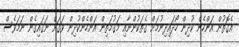
އެގޮތުން އަންހެން ކުދިން ހޯދައިދިނުމަށް ގެތަކުންނާއި މަގުމަތިން އަންހެންކުދިން ވަގަށް ނަގައިގެން ނަމަވެސް